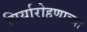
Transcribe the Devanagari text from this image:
गिर्यारोहणाच्या